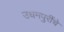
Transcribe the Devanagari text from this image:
उधमपुरींचे